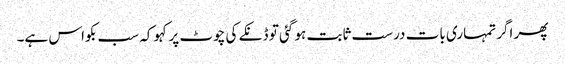
پھر اگر تمہاری بات درست ثابت ہو گئی تو ڈنکے کی چوٹ پر کہو کہ سب بکواس ہے۔